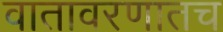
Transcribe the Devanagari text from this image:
वातावरणातच